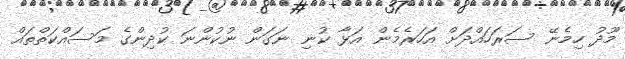
މޫދު ހިމެނޭ ސަރަހައްދަށް އަހަރެމެން އަޅާ ކުނި ނަގަން ނުކުންނަ ކުދިންގެ މަސައްކަތްތައް